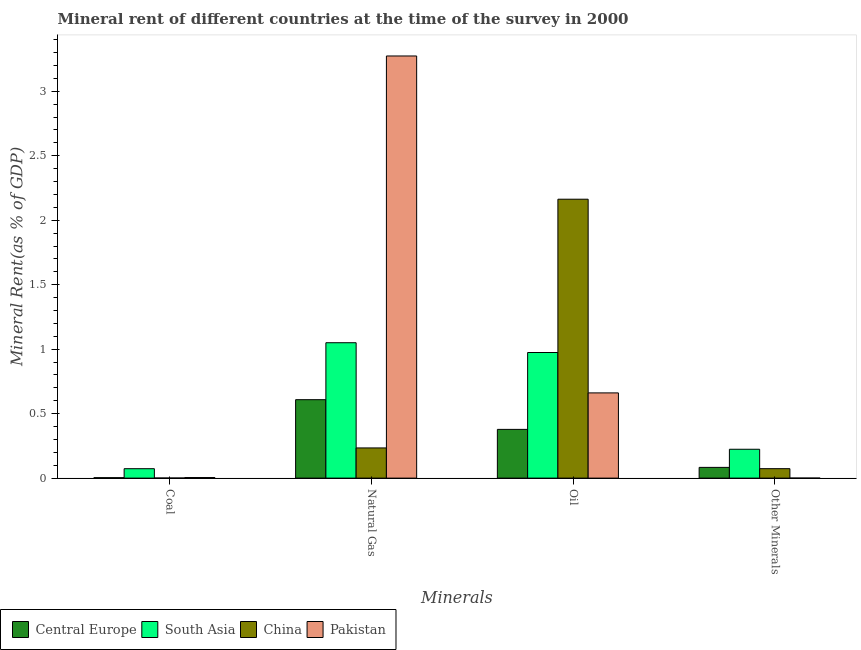
| Minerals | Central Europe | South Asia | China | Pakistan |
 | --- | --- | --- | --- | --- |
 | Coal | 0.00335 | 0.0731 | 0.00078 | 0.00447 |
 | Natural Gas | 0.608 | 1.05 | 0.234 | 3.27 |
 | Oil | 0.378 | 0.974 | 2.16 | 0.661 |
 | Other Minerals | 0.0832 | 0.224 | 0.0733 | 0.000166 |